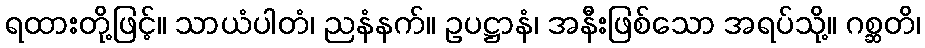
ရထားတို့ဖြင့်။ သာယံပါတံ၊ ညနံနက်။ ဥပဋ္ဌာနံ၊ အနီးဖြစ်သော အရပ်သို့။ ဂစ္ဆတိ၊